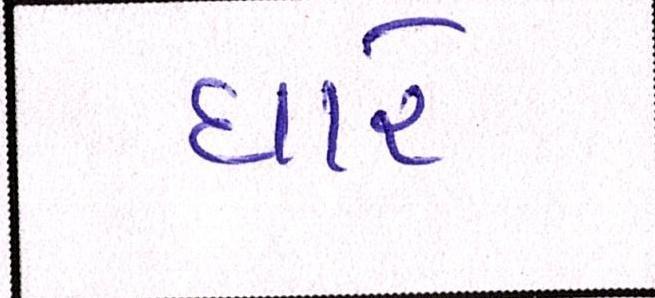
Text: ધારે